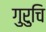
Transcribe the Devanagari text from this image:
गुरुचि